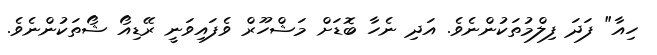
ހިއާ" ފަދަ ފިލްމުތަކުންނެވެ. އަދި ނެހާ ބޮޑަށް މަޝްހޫރް ވެފައިވަނީ ރޭޑިއޯ ޝޯތަކުންނެވެ.